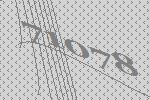
71078